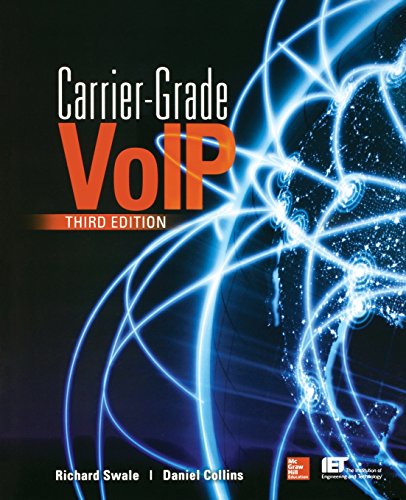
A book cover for Carrier Grade Voice Over IP, Third Edition; Richard Swale; Computers & Technology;